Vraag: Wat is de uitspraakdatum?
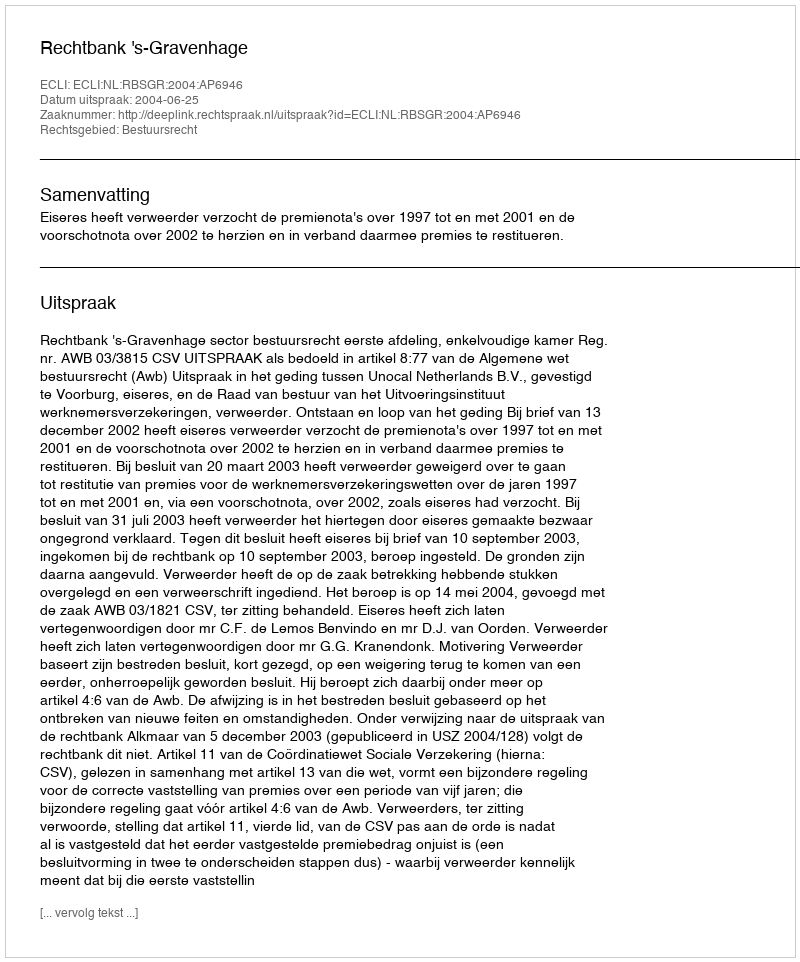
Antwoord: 2004-06-25